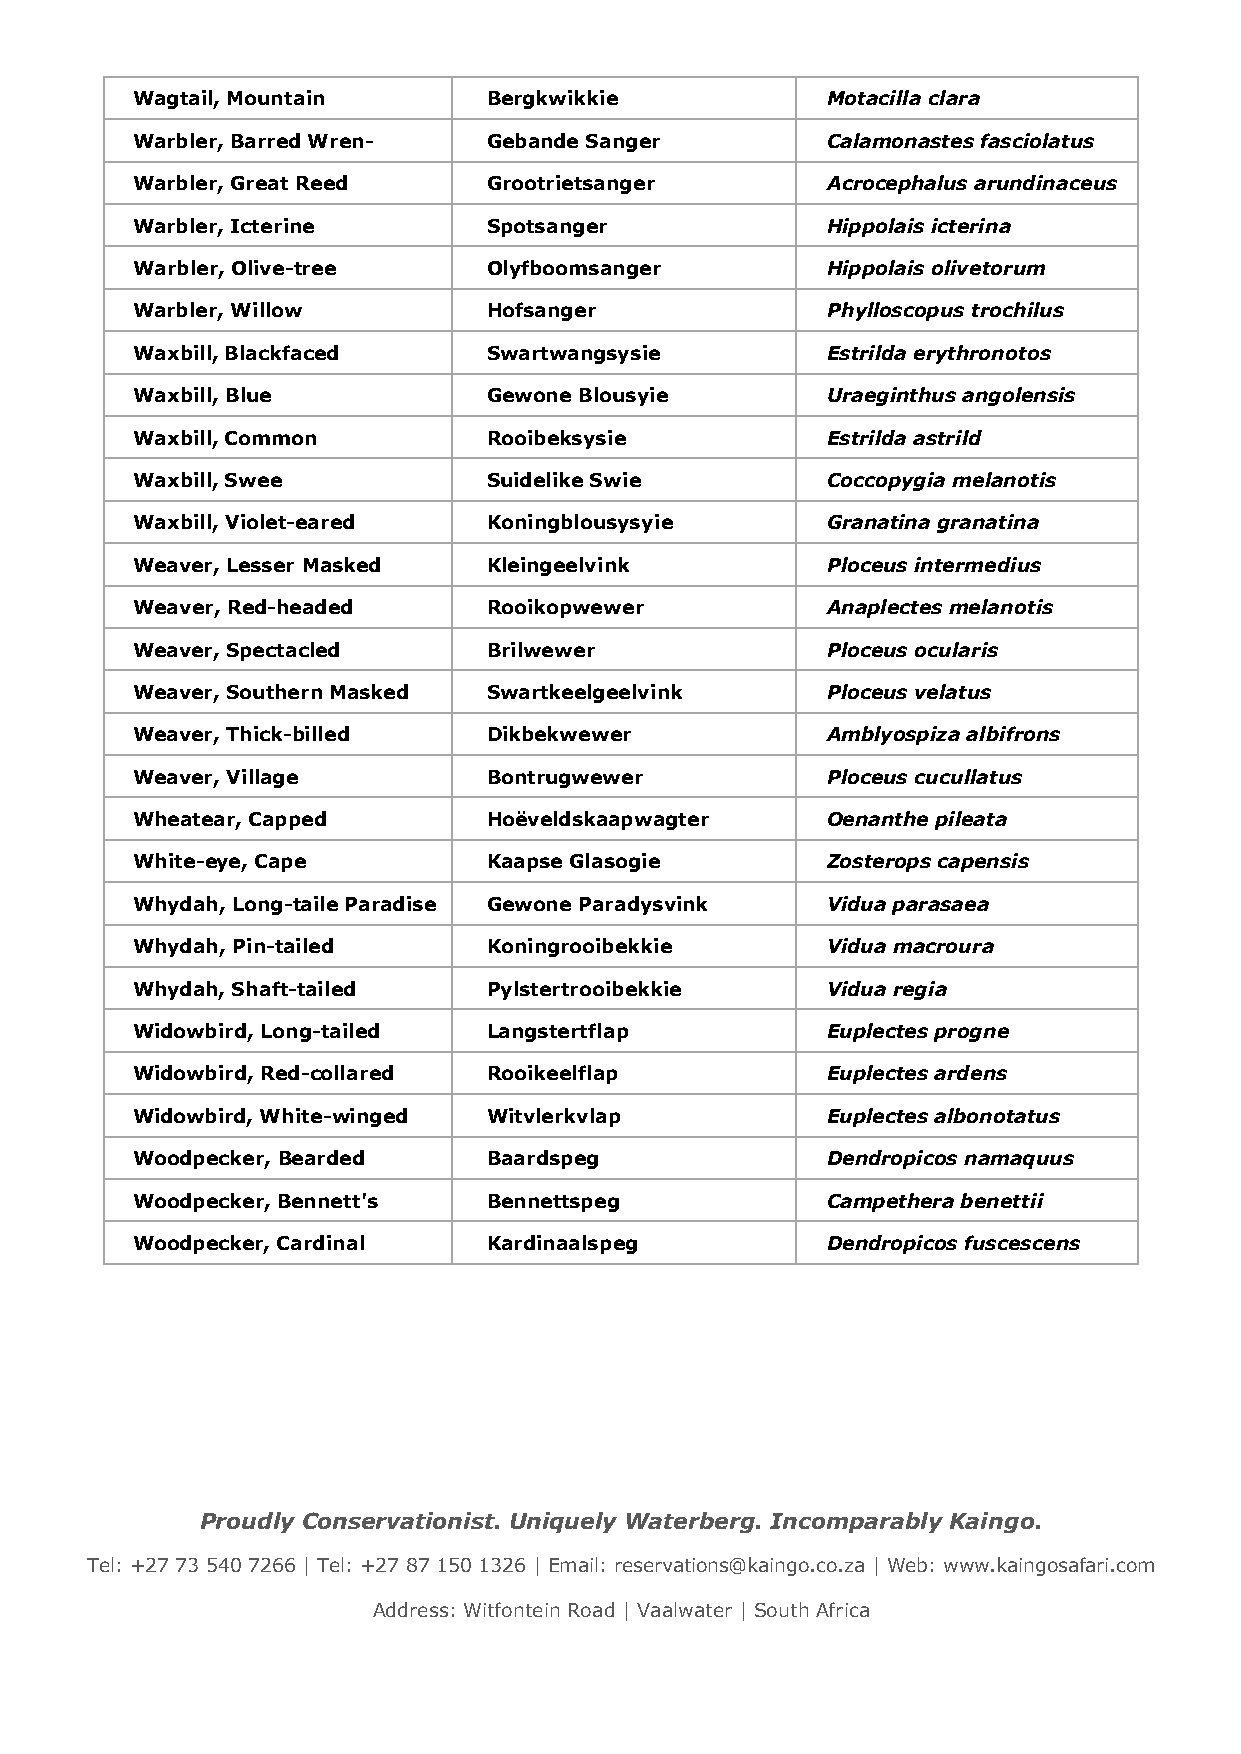
Wagtail, Mountain      Bergkwikkie            Motacilla clara
 Warbler, Barred Wren-  Gebande Sanger         Calamonastes fasciolatus
 Warbler, Great Reed    Grootrietsanger        Acrocephalus arundinaceus
 Warbler, Icterine      Spotsanger             Hippolais icterina
 Warbler, Olive-tree    Olyfboomsanger         Hippolais olivetorum
 Warbler, Willow        Hofsanger              Phylloscopus trochilus
 Waxbill, Blackfaced    Swartwangsysie         Estrilda erythronotos
 Waxbill, Blue          Gewone Blousyie        Uraeginthus angolensis
 Waxbill, Common        Rooibeksysie           Estrilda astrild
 Waxbill, Swee          Suidelike Swie         Coccopygia melanotis
 Waxbill, Violet-eared  Koningblousysyie       Granatina granatina
 Weaver, Lesser Masked  Kleingeelvink          Ploceus intermedius
 Weaver, Red-headed     Rooikopwewer           Anaplectes melanotis
 Weaver, Spectacled     Brilwewer              Ploceus ocularis
 Weaver, Southern Masked Swartkeelgeelvink     Ploceus velatus
 Weaver, Thick-billed   Dikbekwewer            Amblyospiza albifrons
 Weaver, Village        Bontrugwewer           Ploceus cucullatus
 Wheatear, Capped       Hoëveldskaapwagter     Oenanthe pileata
 White-eye, Cape        Kaapse Glasogie        Zosterops capensis
 Whydah, Long-taile Paradise Gewone Paradysvink Vidua parasaea
 Whydah, Pin-tailed     Koningrooibekkie       Vidua macroura
 Whydah, Shaft-tailed   Pylstertrooibekkie     Vidua regia
 Widowbird, Long-tailed Langstertflap          Euplectes progne
 Widowbird, Red-collared Rooikeelflap          Euplectes ardens
 Widowbird, White-winged Witvlerkvlap          Euplectes albonotatus
 Woodpecker, Bearded    Baardspeg              Dendropicos namaquus
 Woodpecker, Bennett's  Bennettspeg            Campethera benettii
 Woodpecker, Cardinal   Kardinaalspeg          Dendropicos fuscescens
 Proudly Conservationist. Uniquely Waterberg. Incomparably Kaingo.
 Tel: +27 73 540 7266 | Tel: +27 87 150 1326 | Email: reservations@kaingo.co.za | Web: www.kaingosafari.com
 Address: Witfontein Road | Vaalwater | South Africa